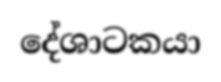
දේශාටකයා